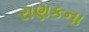
રાણકના